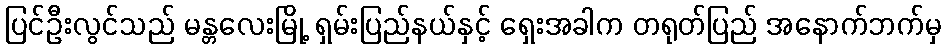
ပြင်ဦးလွင်သည် မန္တလေးမြို့ ရှမ်းပြည်နယ်နှင့် ရှေးအခါက တရုတ်ပြည် အနောက်ဘက်မှ